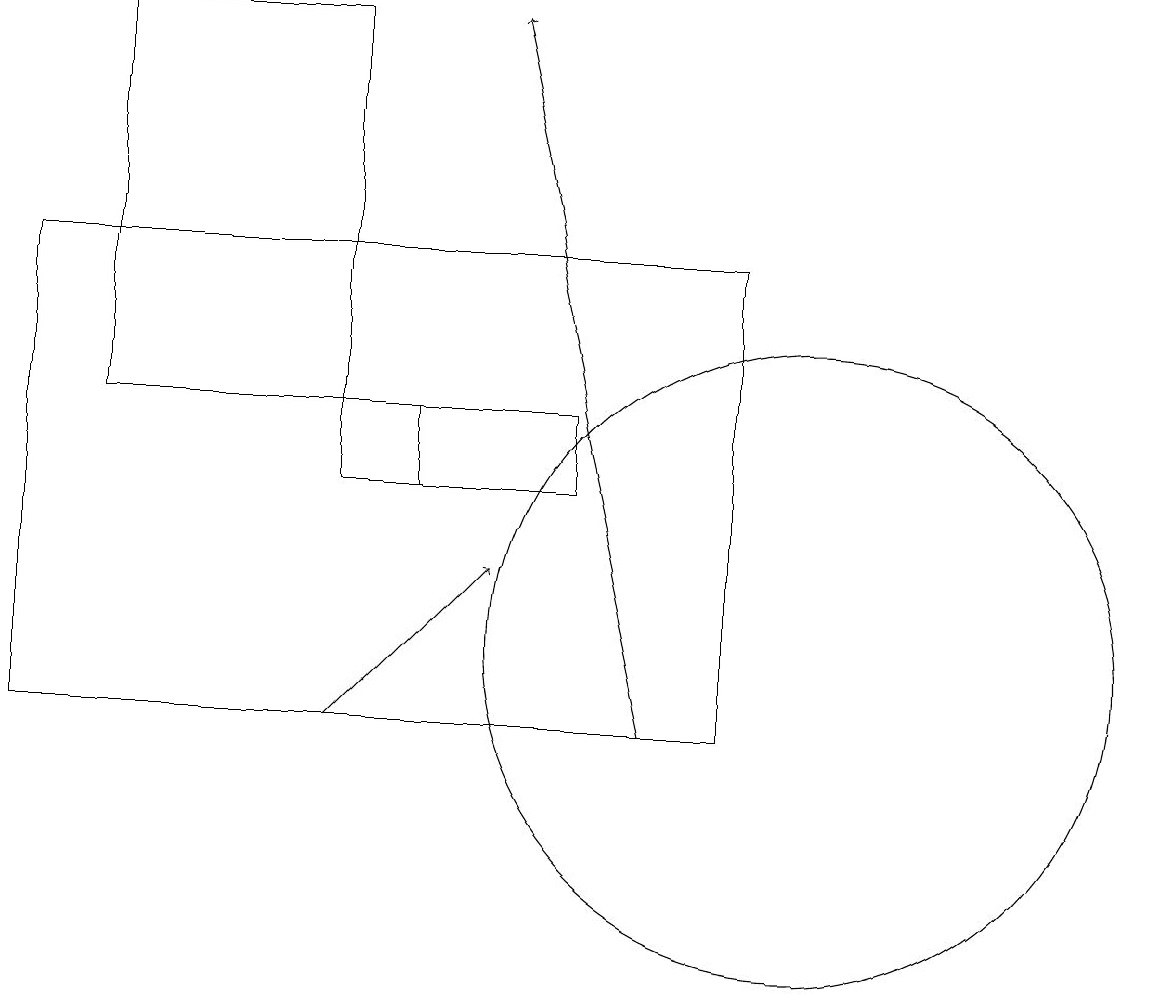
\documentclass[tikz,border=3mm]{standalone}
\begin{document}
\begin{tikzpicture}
\draw (10,10) circle (0);
\draw[->] (4,10) -- (6,12);
\draw (4,14) rectangle (1,19);
\draw[->] (8,10) -- (6,19);
\draw (5,13) rectangle (4,14);
\draw (9,10) rectangle (0,16);
\draw (7,13) rectangle (4,14);
\draw (10,11) circle (4);
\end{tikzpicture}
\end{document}